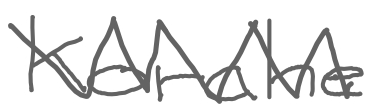
Text: Korahe
Cross-out: zig-zag
Writing tool: digital_gray